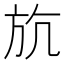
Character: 斻